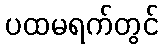
ပထမရက်တွင်